Scottish Leaving Certificate Examination, 1961
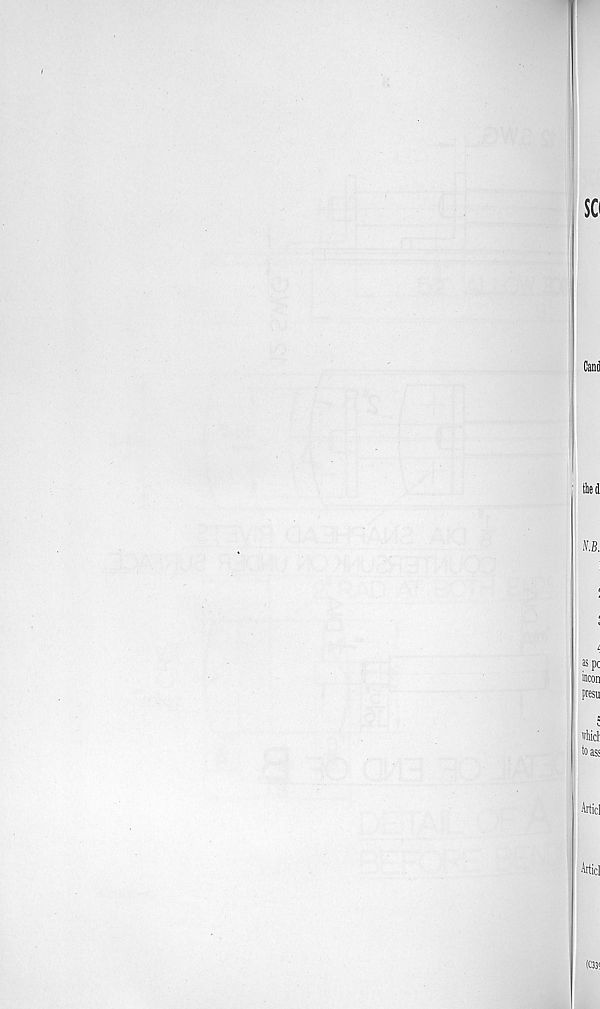
so
Canfl
filed
N.B.
®pc
incon
presu
S
v
'thid
to ass
Articl
Articl
(C33!